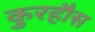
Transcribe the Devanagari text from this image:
कुरहौस